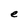
Character: e